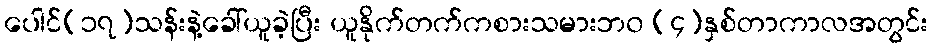
ပေါင်(၁၇)သန်းနဲ့ခေါ်ယူခဲ့ပြီး ယူနိုက်တက်ကစားသမားဘ၀ (၄)နှစ်တာကာလအတွင်း